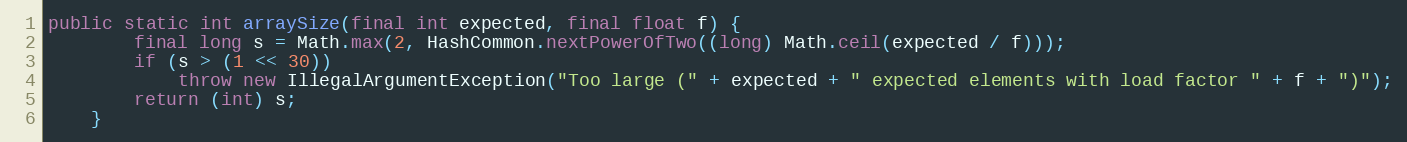
Language: Java
public static int arraySize(final int expected, final float f) {
        final long s = Math.max(2, HashCommon.nextPowerOfTwo((long) Math.ceil(expected / f)));
        if (s > (1 << 30))
            throw new IllegalArgumentException("Too large (" + expected + " expected elements with load factor " + f + ")");
        return (int) s;
    }